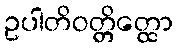
ဥပါတိဝတ္တိတ္ထော